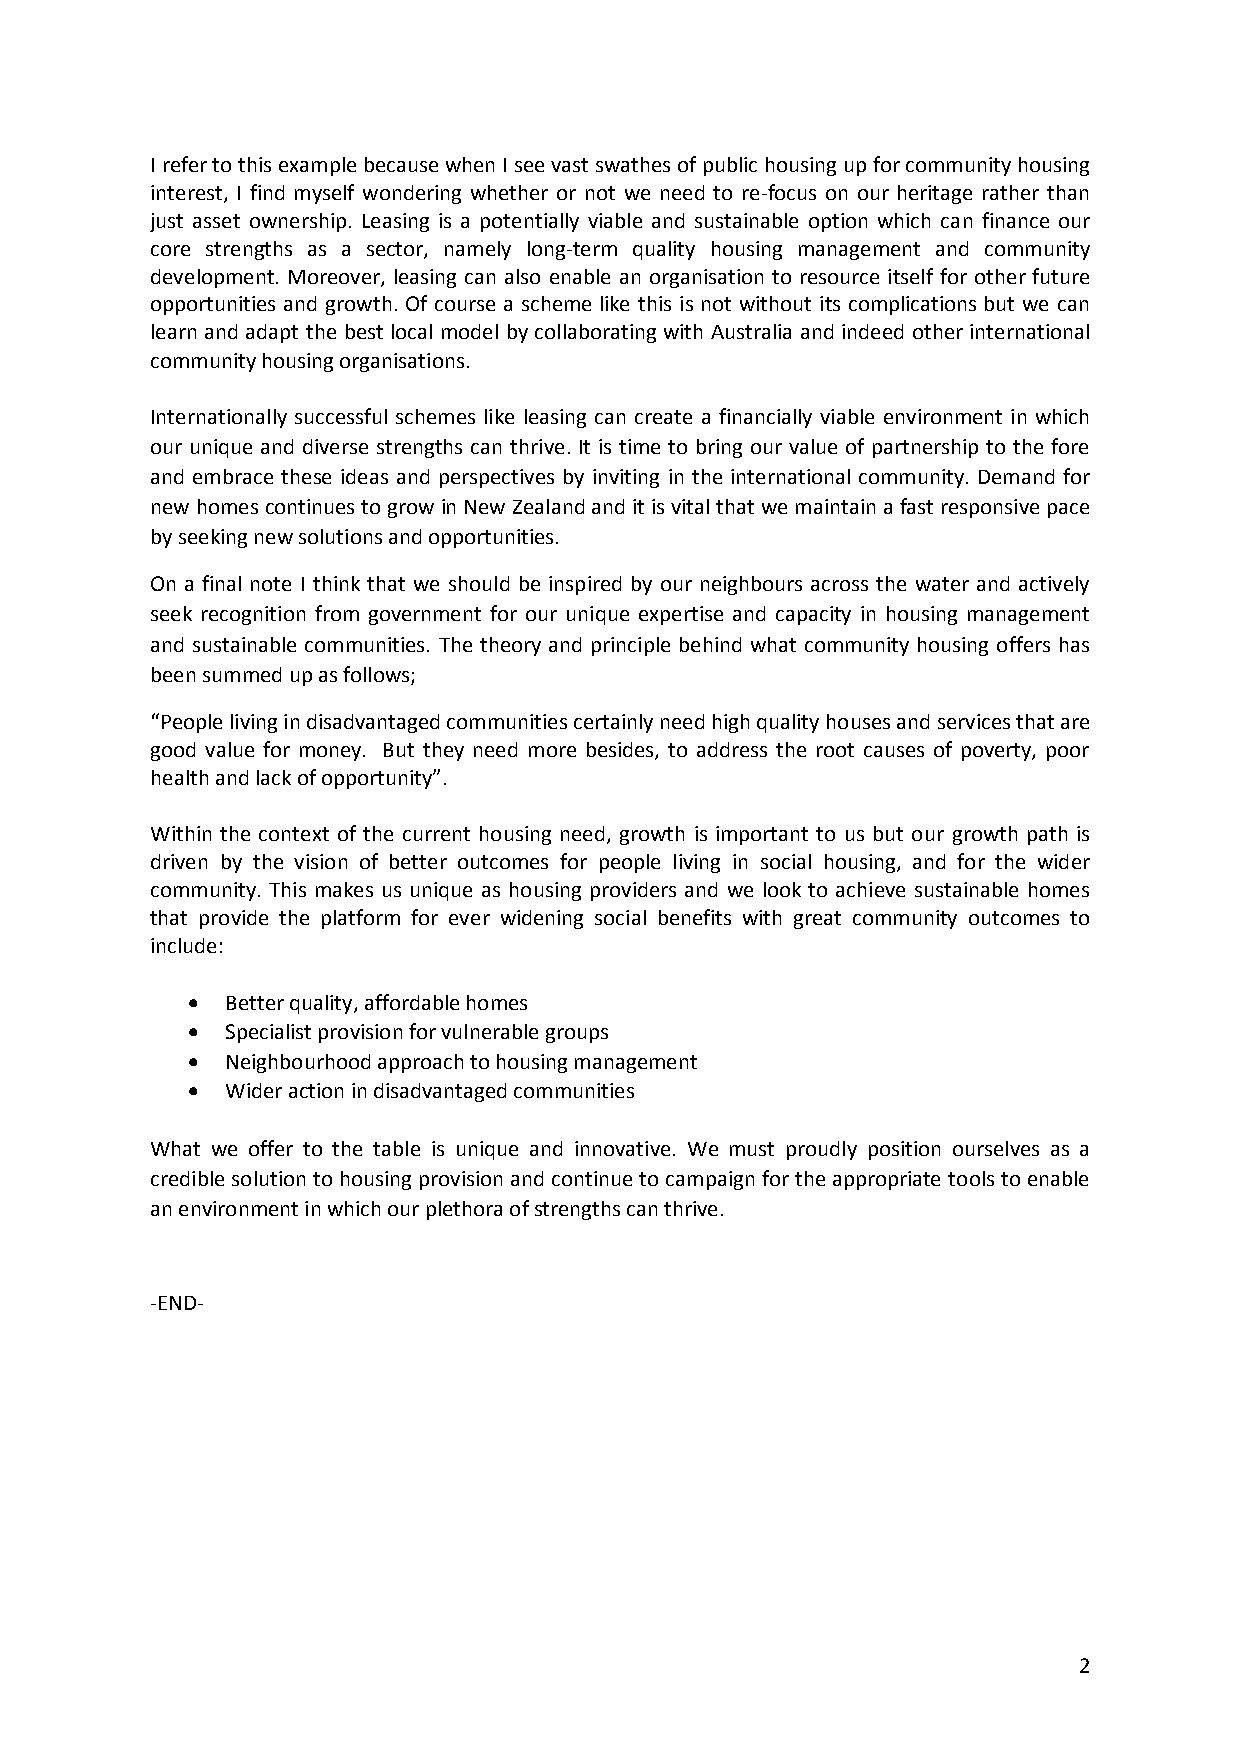
I refer to this example because when I see vast swathes of public housing up for community housing
 interest, I find myself wondering whether or not we need to re-focus on our heritage rather than
 just asset ownership. Leasing is a potentially viable and sustainable option which can finance our
 core strengths as a sector, namely long-term quality housing management and community
 development. Moreover, leasing can also enable an organisation to resource itself for other future
 opportunities and growth. Of course a scheme like this is not without its complications but we can
 learn and adapt the best local model by collaborating with Australia and indeed other international
 community housing organisations.
 Internationally successful schemes like leasing can create a financially viable environment in which
 our unique and diverse strengths can thrive. It is time to bring our value of partnership to the fore
 and embrace these ideas and perspectives by inviting in the international community. Demand for
 new homes continues to grow in New Zealand and it is vital that we maintain a fast responsive pace
 by seeking new solutions and opportunities.
 On a final note I think that we should be inspired by our neighbours across the water and actively
 seek recognition from government for our unique expertise and capacity in housing management
 and sustainable communities. The theory and principle behind what community housing offers has
 been summed up as follows;
 “People living in disadvantaged communities certainly need high quality houses and services that are
 good value for money. But they need more besides, to address the root causes of poverty, poor
 health and lack of opportunity”.
 Within the context of the current housing need, growth is important to us but our growth path is
 driven by the vision of better outcomes for people living in social housing, and for the wider
 community. This makes us unique as housing providers and we look to achieve sustainable homes
 that provide the platform for ever widening social benefits with great community outcomes to
 include:
   Better quality, affordable homes
   Specialist provision for vulnerable groups
   Neighbourhood approach to housing management
   Wider action in disadvantaged communities
 What we offer to the table is unique and innovative. We must proudly position ourselves as a
 credible solution to housing provision and continue to campaign for the appropriate tools to enable
 an environment in which our plethora of strengths can thrive.
 -END-
 2